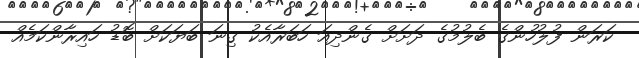
ކަރަން ފުލުހުންގެ ބެލުމުގެ ދަށަށް ގެންދިއަ ހަބަރާއެކު ގިނަ ބަޔަކަށް ބޮޑު ހައިރާންކަމެއް